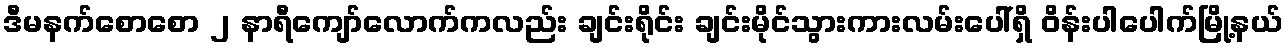
ဒီမနက်စောစော ၂ နာရီကျော်လောက်ကလည်း ချင်းရိုင်း ချင်းမိုင်သွားကားလမ်းပေါ်ရှိ ဝိန်းပါပေါက်မြို့နယ်